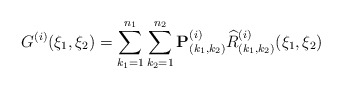
\begin{align*} G^{(i)}(\xi_{1},\xi_{2}) = \sum_{k_{1}=1}^{n_{1}} \sum_{k_{2}=1}^{n_{2}} \mathbf{P}^{(i)}_{(k_{1},k_{2})} \widehat{R}^{(i)}_{(k_{1},k_{2})}(\xi_{1},\xi_{2})\end{align*}